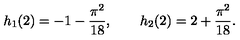
h _ { 1 } ( 2 ) = - 1 - { \frac { \pi ^ { 2 } } { 1 8 } } , \qquad h _ { 2 } ( 2 ) = 2 + { \frac { \pi ^ { 2 } } { 1 8 } } .